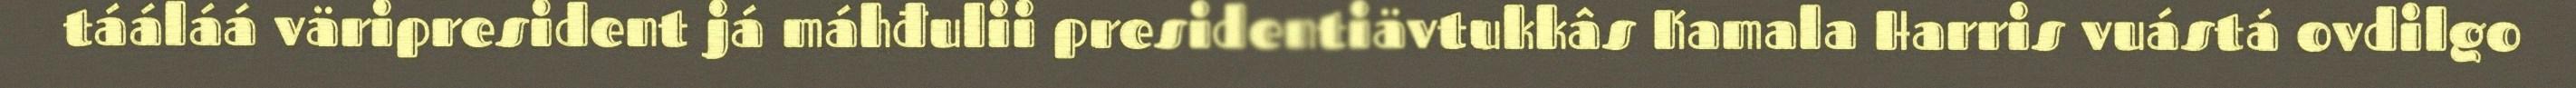
tááláá väripresident já máhđulii presidentiävtukkâs Kamala Harris vuástá ovdilgo